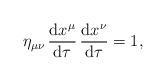
LaTeX: \begin{align*}\eta_{\mu \nu} \,\frac{\mbox{d} x^\mu}{\mbox{d} \tau} \,\frac{\mbox{d} x^\nu}{\mbox{d} \tau}= 1,\end{align*}